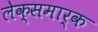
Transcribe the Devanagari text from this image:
लेक्समार्क